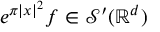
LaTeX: e ^ { \pi | x | ^ { 2 } } f \in { \mathcal { S } } ^ { \prime } ( \mathbb { R } ^ { d } )